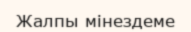
Жалпы мінездеме